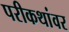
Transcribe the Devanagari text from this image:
परीकथांवर